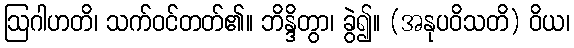
ဩဂါဟတိ၊ သက်ဝင်တတ်၏။ ဘိန္ဒိတွာ၊ ခွဲ၍။ (အနုပဝိသတိ) ဝိယ၊